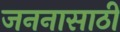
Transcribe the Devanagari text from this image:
जननासाठी